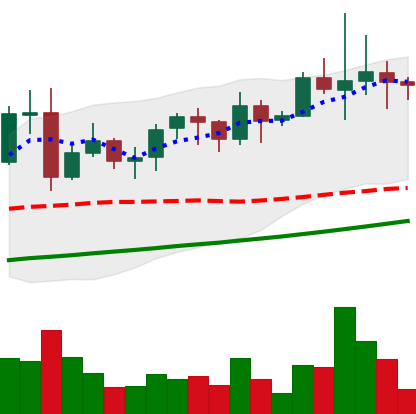
Ticker: LINK-USD
Chart end date: 2021-11-13
Forward return: -22.132%
Label: down_7plus